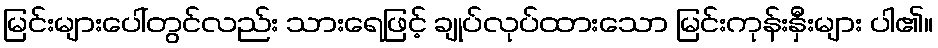
မြင်းများပေါ်တွင်လည်း သားရေဖြင့် ချုပ်လုပ်ထားသော မြင်းကုန်းနှီးများ ပါ၏။